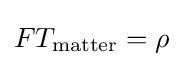
FT_{\rm {matter}}=\rho